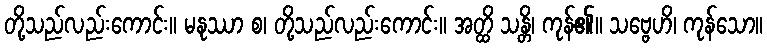
တို့သည်လည်းကောင်း။ မနုဿာ စ၊ တို့သည်လည်းကောင်း။ အတ္ထိ သန္တိ၊ ကုန်၏။ သဗ္ဗေဟိ၊ ကုန်သော။